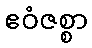
ဧဝံဇစ္စာ